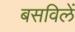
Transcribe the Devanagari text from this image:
बसविलें